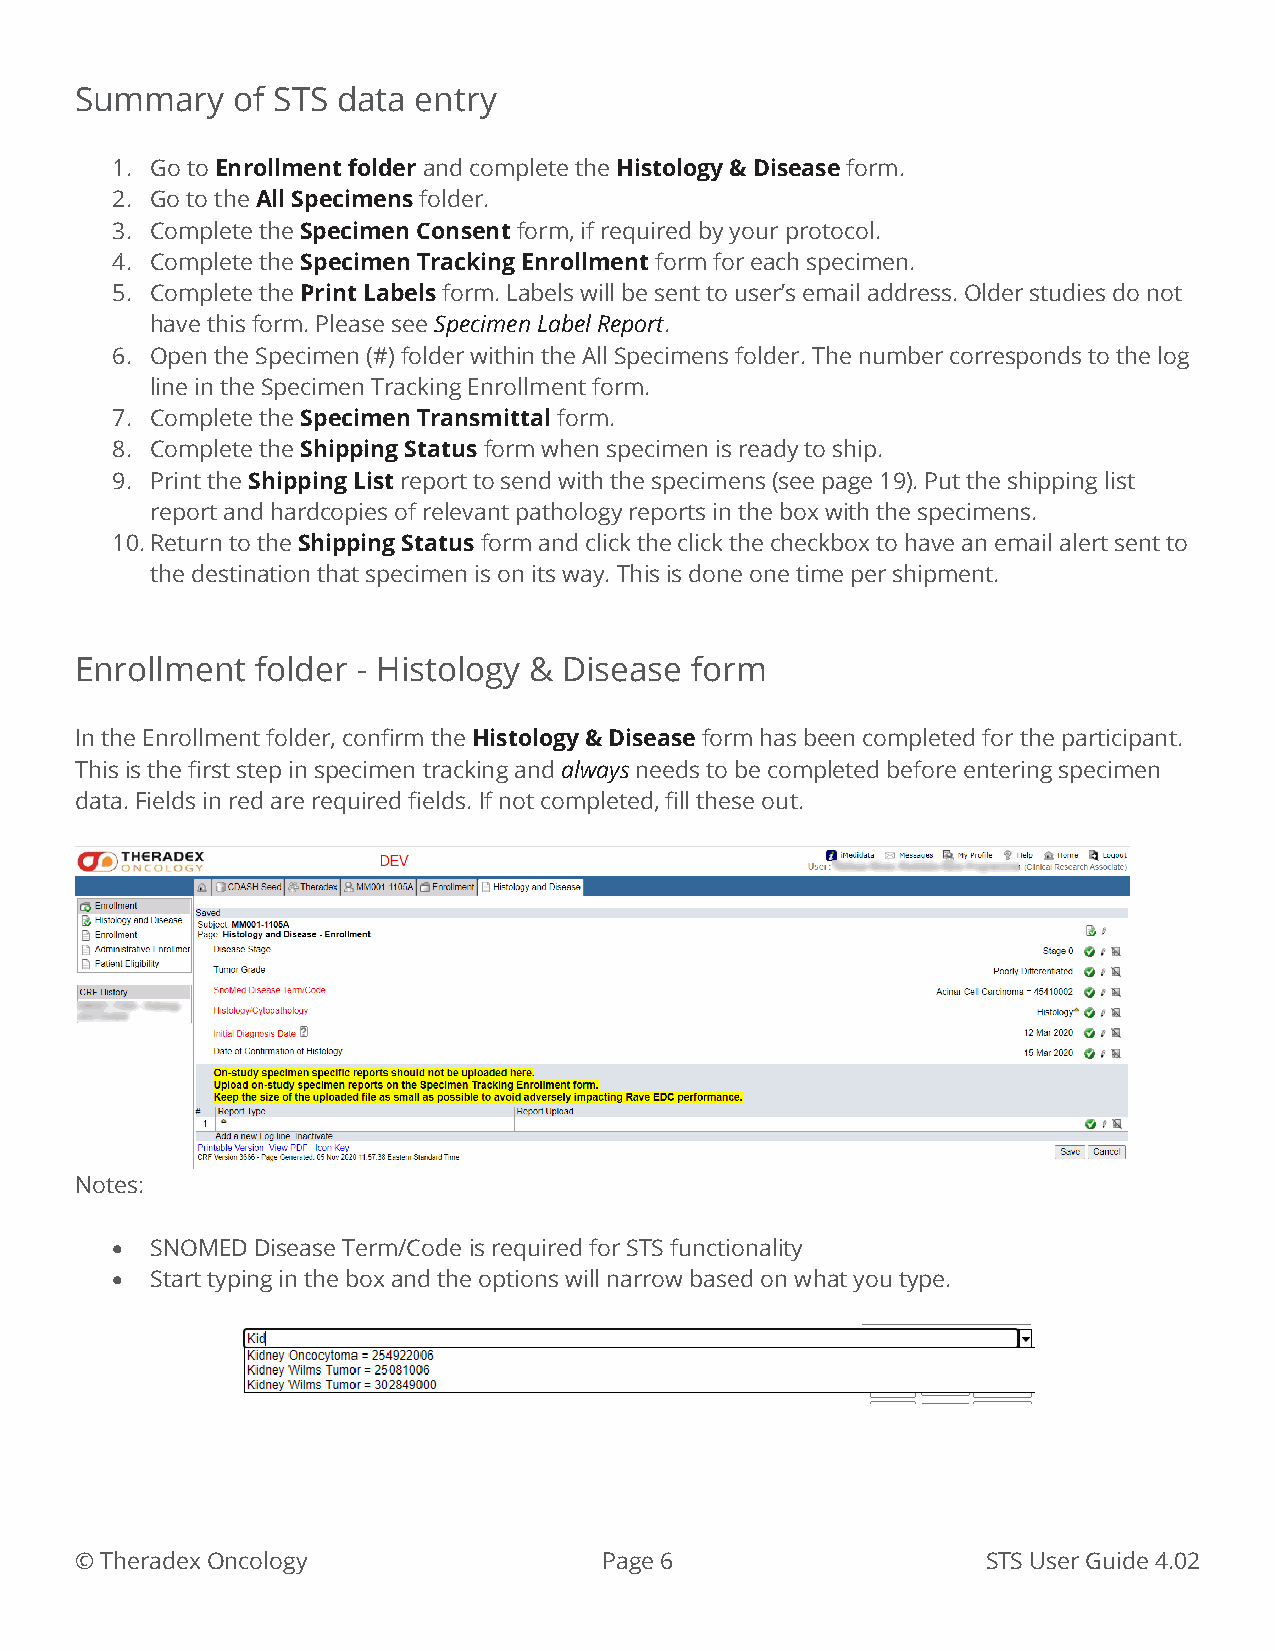
Summary   of STS data entry
 1. Go to Enrollment folder and complete the Histology & Disease form.
 2. Go to the All Specimens folder.
 3. Complete the Specimen Consent form, if required by your protocol.
 4. Complete the Specimen Tracking Enrollment form for each specimen.
 5. Complete the Print Labels form. Labels will be sent to user’s email address. Older studies do not
 have this form. Please see Specimen Label Report.
 6. Open the Specimen (#) folder within the All Specimens folder. The number corresponds to the log
 line in the Specimen Tracking Enrollment form.
 7. Complete the Specimen Transmittal form.
 8. Complete the Shipping Status form when specimen is ready to ship.
 9. Print the Shipping List report to send with the specimens (see page 19). Put the shipping list
 report and hardcopies of relevant pathology reports in the box with the specimens.
 10. Return to the Shipping Status form and click the click the checkbox to have an email alert sent to
 the destination that specimen is on its way. This is done one time per shipment.
 Enrollment  folder - Histology & Disease form
 In the Enrollment folder, confirm the Histology & Disease form has been completed for the participant.
 This is the first step in specimen tracking and always needs to be completed before entering specimen
 data. Fields in red are required fields. If not completed, fill these out.
 Notes:
 •  SNOMED Disease Term/Code is required for STS functionality
 •  Start typing in the box and the options will narrow based on what you type.
 © Theradex Oncology                Page 6                   STS User Guide 4.02